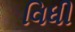
વિધી